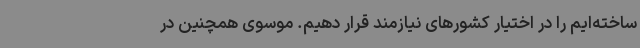
ساخته‌ایم را در اختیار کشورهای نیازمند قرار دهیم. موسوی همچنین در